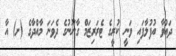
ދައުވާ އުފުލާފައި ވަނީ ކުރީގެ ޓެރަރިޒަމް ގާނޫނުގެ ދެވަނަ މާއްދާގެ (ށ) އާ